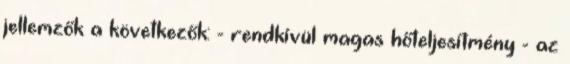
jellemzők a következők: - rendkívül magas hőteljesítmény - az